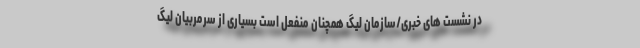
در نشست های خبری/سازمان لیگ همچنان منفعل است بسیاری از سرمربیان لیگ